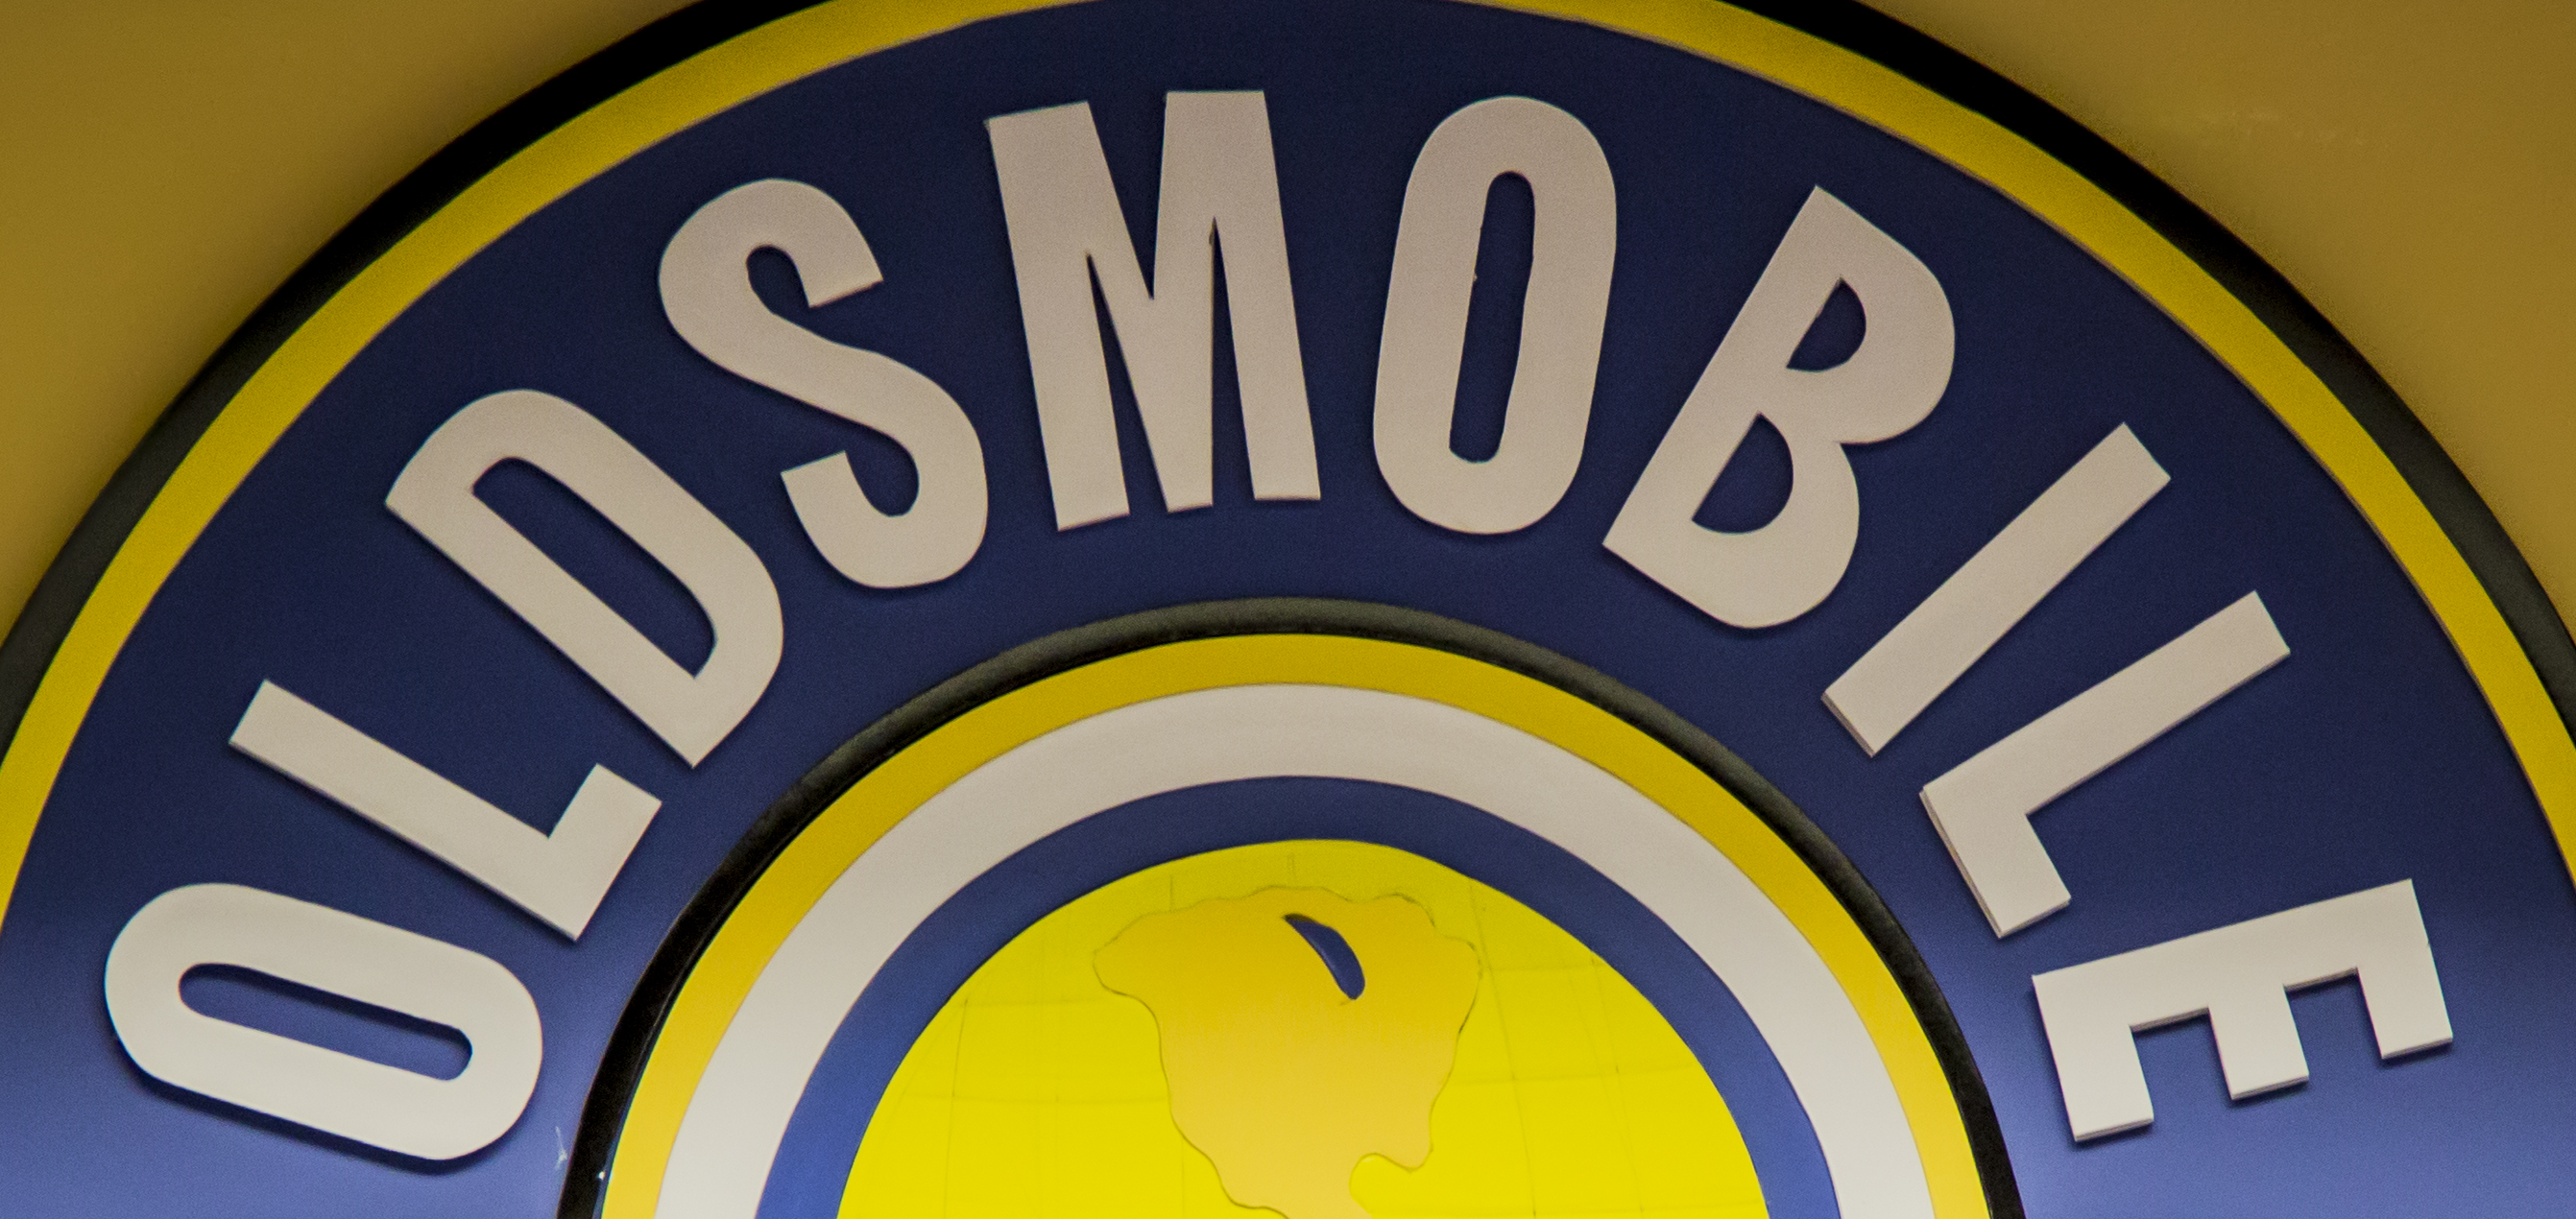
OLDSMOBILE